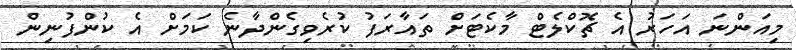
މިއަންނަ އަހަރު އެ ޗޮކްލެޓް މާކެޓަށް ތައާރަފު ކުރެވިގެންދާނެ ކަމަށް އެ ކުންފުނިން